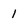
Character: 1